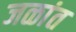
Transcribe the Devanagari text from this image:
जळांत